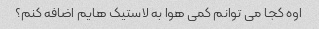
اوه کجا می توانم کمی هوا به لاستیک هایم اضافه کنم؟